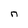
Character: n